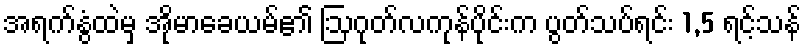
အရက်နွံထဲမှ အိုမာခေယမ်၏ ဩဂုတ်လကုန်ပိုင်းက ပွတ်သပ်ရင်း 1,5 ရင့်သန်